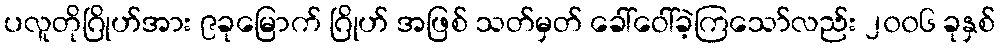
ပလူတိုဂြိုဟ်အား ၉ခုမြောက် ဂြိုဟ် အဖြစ် သတ်မှတ် ခေါ်ဝေါ်ခဲ့ကြသော်လည်း ၂၀၀၆ ခုနှစ်